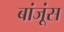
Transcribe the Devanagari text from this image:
बांजूंस